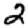
Digit: 2